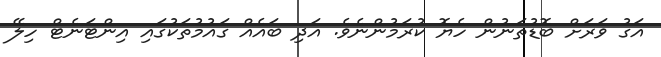
އަގު ވަރަށް ބޮޑުތަނުން ހެޔޮ ކުރަމުންނެވެ. އަދި ބައެއް ގައުމުތަކުގައި އިންޓަނެޓް ހިލޭ